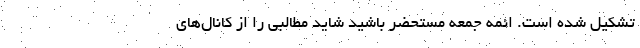
تشکیل شده است. ائمه جمعه مستحضر باشید شاید مطالبی را از کانال‌‌های